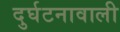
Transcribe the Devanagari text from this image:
दुर्घटनावाली